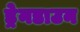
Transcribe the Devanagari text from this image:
ड्रेनडाउन